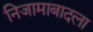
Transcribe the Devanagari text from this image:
निजामाबादला